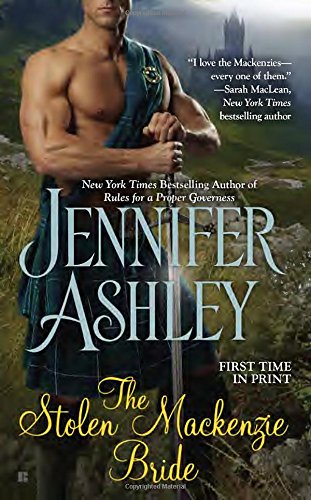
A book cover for The Stolen Mackenzie Bride (Mackenzies Series); Jennifer Ashley; Romance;